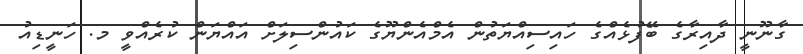
ގާނޫނީ ދާއިރާގެ ބޭފުޅެއްގެ ހައިސިއްޔަތުން އެމްއެންޔޫގެ ކައުންސިލަށް އައްޔަން ކުރެއްވީ މ. ހަނީޑިއު